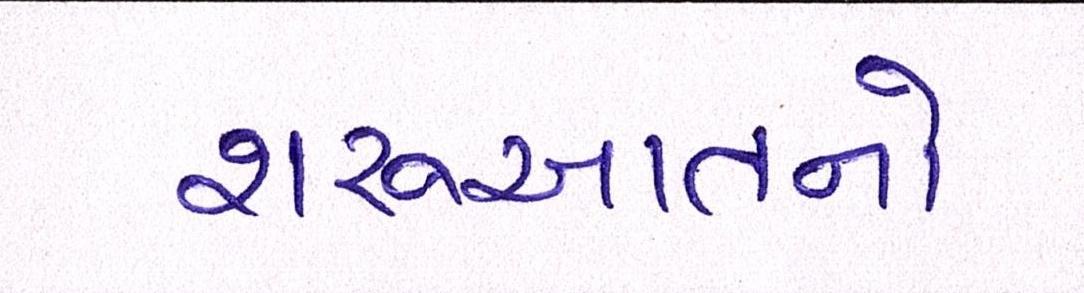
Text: શરૂઆતનો